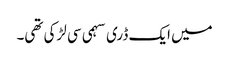
میں ایک ڈری سہمی سی لڑکی تھی۔